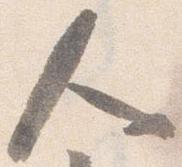
人